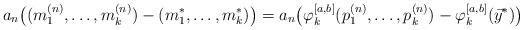
LaTeX: \begin{align*} a_n\big((m_1^{(n)}, \ldots, m_k^{(n)}) - (m_1^*, \ldots, m_k^*)\big) = a_n\big(\varphi_k^{[a,b]}(p_1^{(n)}, \ldots, p_k^{(n)}) - \varphi_k^{[a,b]}(\vec{y}^*)\big)\end{align*}